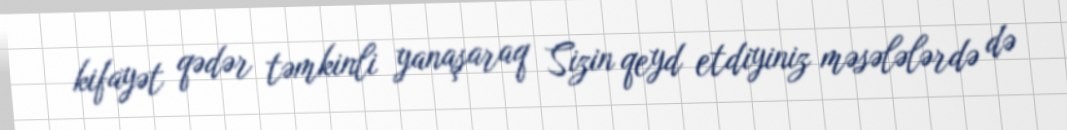
kifayət qədər təmkinli yanaşaraq Sizin qeyd etdiyiniz məsələlərdə də